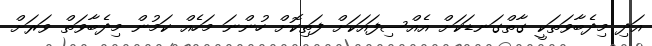
އަދި މިދެބާވަތަކީ ގާތްގަނޑަކަށް އެއްސިފައަކަށް ފަތިކޮށް ހުންނަ މަހެއް ކަމުން މިދެބާވަތް ވަރަށް